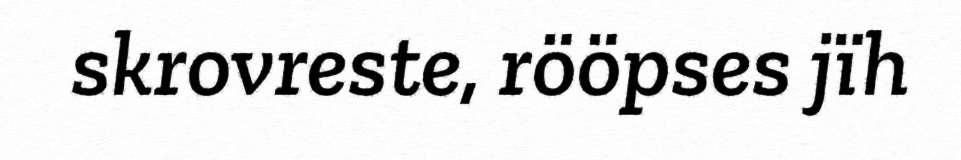
skrovreste, rööpses jïh